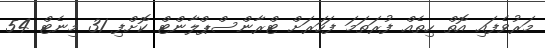
މަރުވެފައި އޮތް ހިތެއް ފުރަތަމަ ފަހަރަށް ޓްރާންސްޕްލާންޓް ކޮށްފި 31 މިނެޓް 54